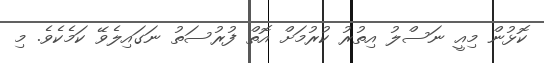
ކޮޅުން މިއީ ނަސްލު އިތުރު ކުރުމަށް އޮތް ފުރުސަތު ނަގައިލެވޭ ކަމެކެވެ. މި